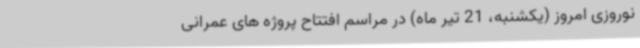
نوروزی امروز (یکشنبه، 21 تیر ماه) در مراسم افتتاح پروژه های عمرانی